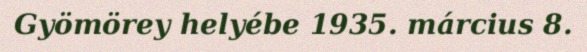
Gyömörey helyébe 1935. március 8.